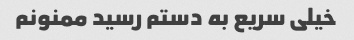
خیلی سریع به دستم رسید ممنونم